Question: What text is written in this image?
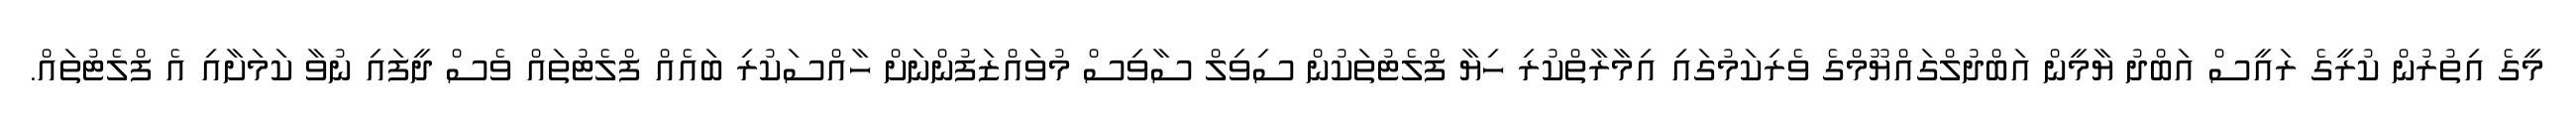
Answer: މީގެ އިތުރުން ކުރީގެ ރައީސް އަބްދު ޔާމީން އަބްދުލްގައްޔޫމްގެ ވެރިކަމުގައި އިމާރާތްކުރި ހިޔާ ފްލެޓުތަކުން ސިވިލް ސާވިސް މުވައްޒަފުންނަށް ހާއްސަކުރި ބައެއް ފްލެޓުތައް ވެސް ދީފައި ނުވާ ކަމަށާއި އެ ފްލެޓުތައް.